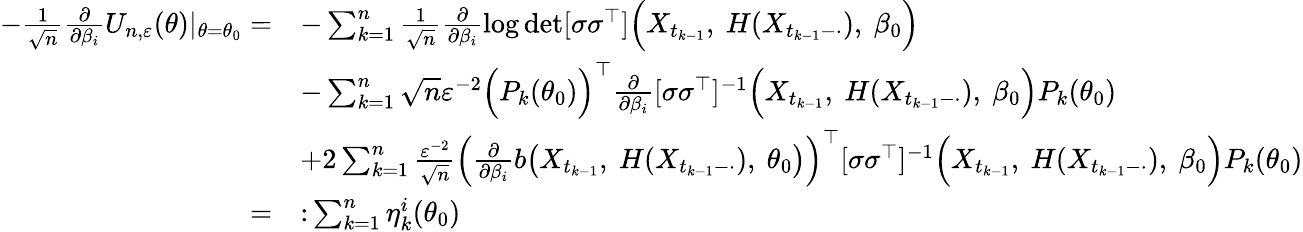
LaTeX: \begin{array}{rl}{-\frac{1}{\sqrt{n}}\frac{\partial}{\partial\beta_{i}}U_{n,\varepsilon}(\theta)|_{\theta=\theta_{0}}=}&{-\sum_{k=1}^{n}\frac{1}{\sqrt{n}}\frac{\partial}{\partial\beta_{i}}\log\operatorname*{det}[\sigma\sigma^{\top}]\Bigl(X_{t_{k-1}},~H(X_{t_{k-1}-\cdot}),~\beta_{0}\Bigr)}\\ &{-\sum_{k=1}^{n}\sqrt{n}\varepsilon^{-2}\Bigl(P_{k}(\theta_{0})\Bigr)^{\top}\frac{\partial}{\partial\beta_{i}}[\sigma\sigma^{\top}]^{-1}\Bigl(X_{t_{k-1}},~H(X_{t_{k-1}-\cdot}),~\beta_{0}\Bigr)P_{k}(\theta_{0})}\\ &{+2\sum_{k=1}^{n}\frac{\varepsilon^{-2}}{\sqrt{n}}\Bigl(\frac{\partial}{\partial\beta_{i}}b\bigl(X_{t_{k-1}},~H(X_{t_{k-1}-\cdot}),~\theta_{0}\bigr)\Bigr)^{\top}[\sigma\sigma^{\top}]^{-1}\Bigl(X_{t_{k-1}},~H(X_{t_{k-1}-\cdot}),~\beta_{0}\Bigr)P_{k}(\theta_{0})}\\ {=}&{\colon\sum_{k=1}^{n}\eta_{k}^{i}(\theta_{0})}\end{array}